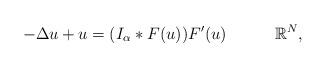
LaTeX: \begin{align*}-\Delta u+u=(I_\alpha*F(u))F'(u)\quad\quad\quad\mathbb R^N,\end{align*}